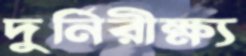
দুর্নিরীক্ষ্য